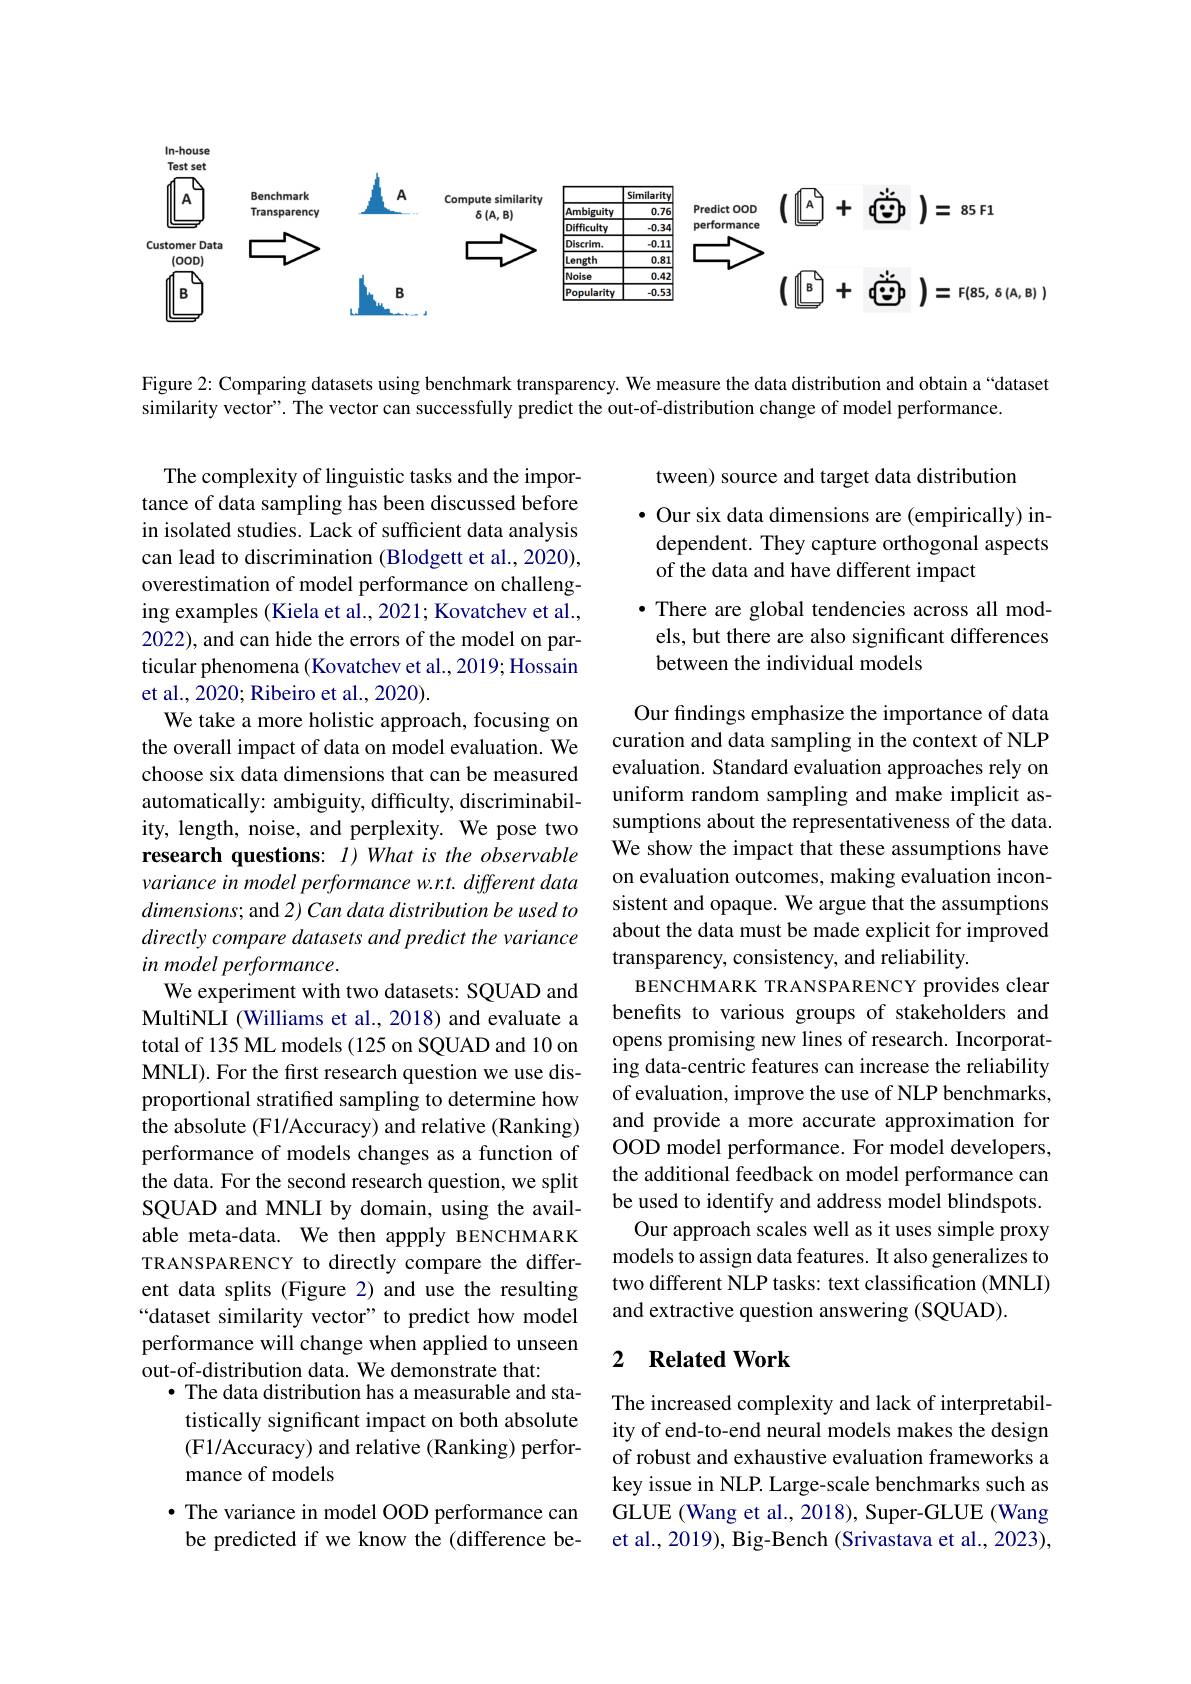
In-house
<FigureHere>

Figure 2: Comparing datasets using benchmark transparency. We measure the data distribution and obtain a“dataset
similarity vector". The vector can successfully predict the out-of-distribution change of model performance.

tween) source and target data distribution
$\bullet$ Our six data dimensions are (empirically) independent. They capture orthogonal aspects of the data and have different impact
$\bullet$ There are global tendencies across all models, but there are also significant differences between the individual models

The complexity of linguistic tasks and the importance of data sampling has been discussed before in isolated studies. Lack of sufficient data analysis can lead to discrimination (Blodgett et al., 2020), overestimation of model performance on challenging examples (Kiela et al., 2021; Kovatchev et al., 2022), and can hide the errors of the model on particular phenomena (Kovatchev et al., 2019; Hossain et al., 2020; Ribeiro et al., 2020).
We take a more holistic approach, focusing on the overall impact of data on model evaluation. We choose six data dimensions that can be measured automatically: ambiguity, difficulty, discriminability, length, noise, and perplexity. We pose two research questions: $I)What$ is the observable variance in model performance w.r.t. different data $dimensions;$ and 2) Can data distribution be used to directly compare datasets and predict the variance in model performance.
We experiment with two datasets: SQUAD and MultiNLI (Williams et al., 2018) and evaluate a total of 135 ML models (125 on SQUAD and 10 on MNLI). For the first research question we use disproportional stratifed sampling to determine how the absolute (F1/Accuracy) and relative (Ranking) performance of models changes as a function of the data. For the second research question, we split SQUAD and MNLI by domain, using the available meta-data. We then appply BENCHMARK TRANSPARENCY to directly compare the different data splits (Figure 2) and use the resulting “dataset similarity vector" to predict how model performance will change when applied to unseen out-of-distribution data. We demonstrate that:
· The data distribution has a measurable and statistically significant impact on both absolute (F1/Accuracy) and relative (Ranking) performance of models
$\bullet$ The variance in model OOD performance can

Our findings emphasize the importance of data curation and data sampling in the context of NLP evaluation. Standard evaluation approaches rely on uniform random sampling and make implicit assumptions about the representativeness of the data. We show the impact that these assumptions have on evaluation outcomes, making evaluation inconsistent and opaque. We argue that the assumptions about the data must be made explicit for improved transparency, consistency, and reliability.
BENCHMARK TRANSPARENCY provides clear benefits to various groups of stakeholders and opens promising new lines of research. Incorporating data-centric features can increase the reliability of evaluation, improve the use of NLP benchmarks, and provide a more accurate approximation for OOD model performance. For model developers, the additional feedback on model performance can be used to identify and address model blindspots. Our approach scales well as it uses simple proxy models to assign data features. It also generalizes to two different NLP tasks: text classification (MNLI) and extractive question answering (SQUAD).

### 2 $\textbf{Related Work}$

The increased complexity and lack of interpretability of end-to-end neural models makes the design of robust and exhaustive evaluation frameworks a key issue in NLP. Large-scale benchmarks such as GLUE (Wang et al., 2018), Super-GLUE (Wang et al., 2019), Big-Bench (Srivastava et al., 2023),

be predicted if we know the (difference be-